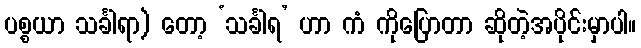
ပစ္စယာ သင်္ခါရာ) တော့ ‘သင်္ခါရ’ ဟာ ကံ ကိုပြောတာ ဆိုတဲ့အပိုင်းမှာပါ။